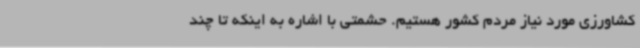
کشاورزی مورد نیاز مردم کشور هستیم. حشمتی با اشاره به اینکه تا چند